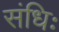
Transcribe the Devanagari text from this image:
संधिः